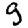
Digit: 9